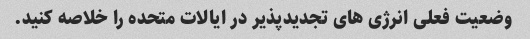
وضعیت فعلی انرژی های تجدیدپذیر در ایالات متحده را خلاصه کنید.